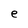
Character: e